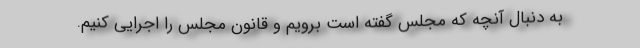
به دنبال آنچه که مجلس گفته است برویم و قانون مجلس را اجرایی کنیم.